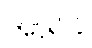
အာရုံခံ